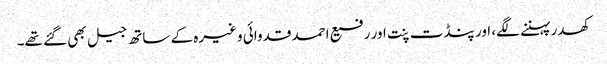
کھدر پہننے لگے، اور پنڈت پنت اور رفیع احمد قدوائی وغیرہ کے ساتھ جیل بھی گئے تھے۔